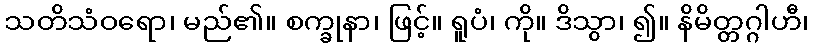
သတိသံဝရော၊ မည်၏။ စက္ခုနာ၊ ဖြင့်။ ရူပံ၊ ကို။ ဒိသွာ၊ ၍။ နိမိတ္တဂ္ဂါဟီ၊